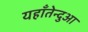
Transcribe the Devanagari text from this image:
यहाँतेन्दुआ